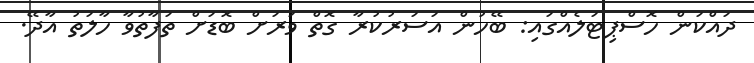
ދައްކަން ހޮސްޕިޓަލެއްގައި: ބޭހުން އަސަރުކުރާ ގޮތް ވަރަށް ބޮޑަށް ތަފާތުވާ ހާލަތު އާދޭ.